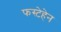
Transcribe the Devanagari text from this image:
फस्टेहेन